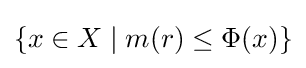
\{x\in X\mid m(r)\leq \Phi (x)\}